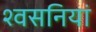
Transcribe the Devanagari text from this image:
श्वसनियां